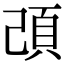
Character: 䪱